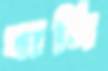
খানি